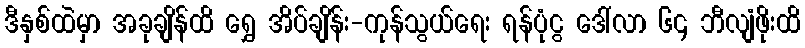
ဒီနှစ်ထဲမှာ အခုချိန်ထိ ရွှေ အိပ်ချိန်း-ကုန်သွယ်ရေး ရန်ပုံငွ ဒေါ်လာ ၆၄ ဘီလျံဖိုးထိ